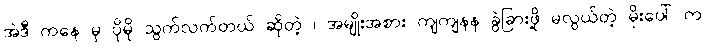
အဲဒီ ကနေ မှ ပိုမို သွက်လက်တယ် ဆိုတဲ့ ၊ အမျိုးအစား ကျကျနန ခွဲခြားဖို့ မလွယ်တဲ့ မိုးပေါ် က